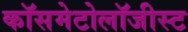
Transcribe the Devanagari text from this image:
कॉसमेटोलॉजीस्ट